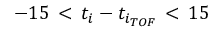
- 1 5 \, < \, t _ { i } - t _ { i _ { T O F } } \, < \, 1 5